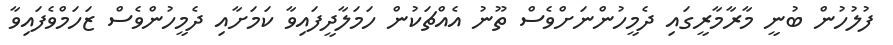
ފުލުހުން ބުނީ މާރާމާރީގައި ދެމީހުންނަށްވެސް ތޫނު އެއްޗަކުން ހަމަލާދީފައިވާ ކަމަށާއި ދެމީހުންވެސް ޒަހަމްވެފައިވާ